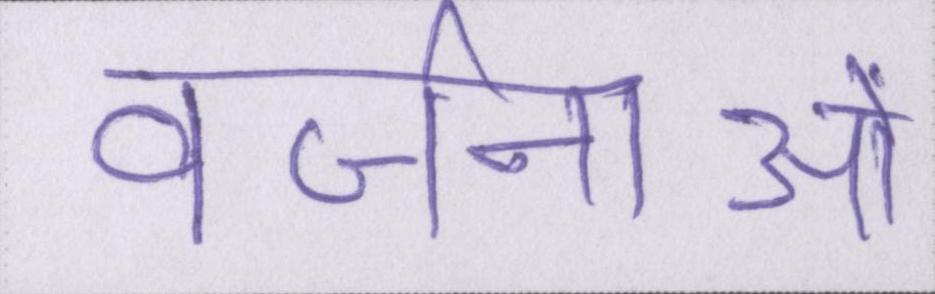
वर्जनाओं